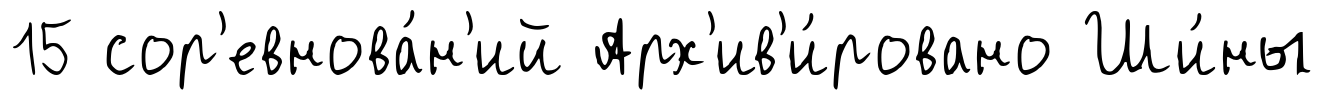
15 сор'евнова́н'ий Арх'ив'и́ровано Ши́ны